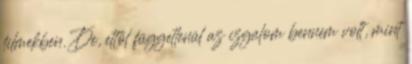
filmekben. De, ettől függetlenül az izgalom bennem volt, mint